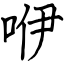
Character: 咿